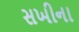
સખીના